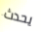
يحدث